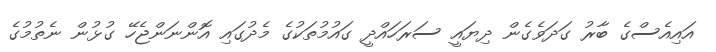
އައިއެސްގެ ބާރު ގަދަވެގެން ދިޔައީ ސަރަހައްދީ ގައުމުތަކުގެ މެދުުގައި އޮންނަންޖެހޭ ގުުޅުން ނެތުމުގެ